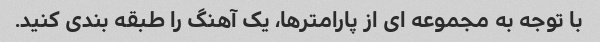
با توجه به مجموعه ای از پارامترها، یک آهنگ را طبقه بندی کنید.